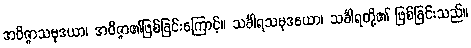
အဝိဇ္ဇာသမုဒယာ၊ အဝိဇ္ဇာ၏ဖြစ်ခြင်းကြောင့်။ သင်္ခါရသမုဒယော၊ သင်္ခါရတို့၏ ဖြစ်ခြင်းသည်။